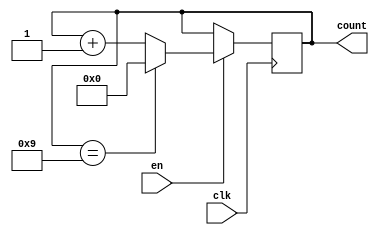
module ModuloN_Up_Counter
(
  input wire clk,
  input wire en,
  output reg [N-1:0] count
);

parameter N = 10; // Specify the value of N here

always @ (posedge clk)
begin
  if (en)
  begin
    if (count == N-1)
      count <= 0;
    else
      count <= count + 1;
  end
end

endmodule